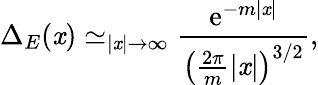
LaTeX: \Delta_{E}(\mathit{x})\simeq_{|\mathit{x}|\rightarrow\infty}\frac{{\mathrm{{e}}^{-m|\mathit{x}|}}}{{\left(\frac{{2\pi}}{{m}}|\mathit{x}|\right)^{3/2}}},